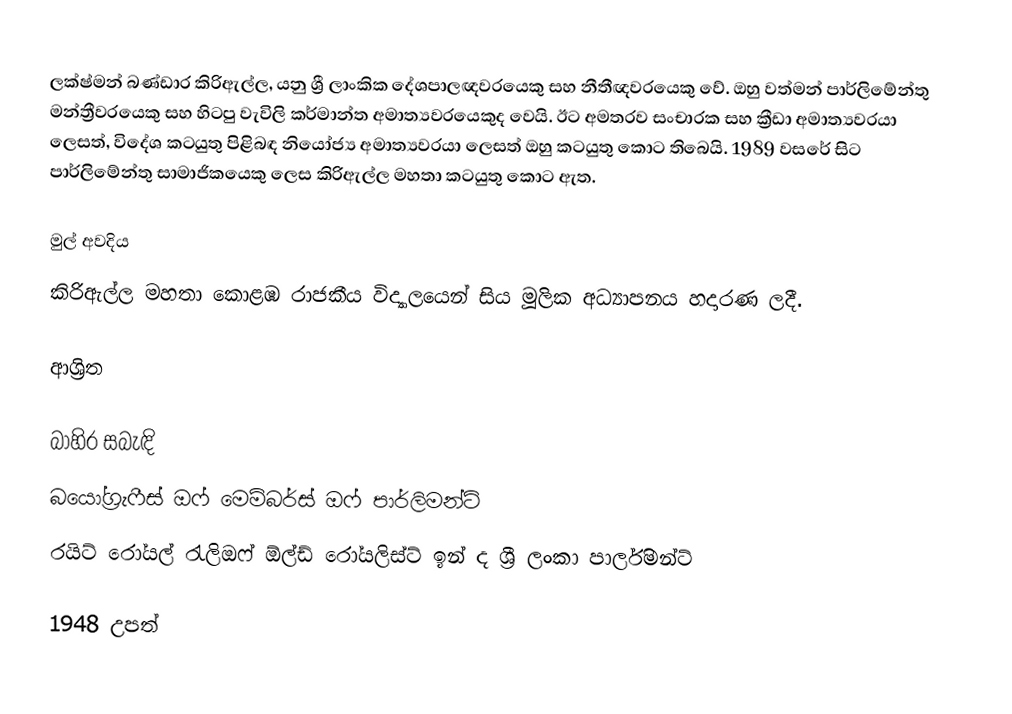
ලක්ෂ්මන් බණ්ඩාර කිරිඇල්ල, යනු ශ්‍රී ලාංකික දේශපාලඥවරයෙකු සහ නීතීඥවරයෙකු වේ. ඔහු වත්මන් පාර්ලිමේන්තු මන්ත්‍රීවරයෙකු සහ හිටපු වැවිලි කර්මාන්ත අමාත්‍යවරයෙකුද වෙයි. ඊට අමතරව සංචාරක සහ ක්‍රීඩා අමාත්‍යවරයා ලෙසත්, විදේශ කටයුතු පිළිබඳ නියෝජ්‍ය අමාත්‍යවරයා ලෙසත් ඔහු කටයුතු කොට තිබෙයි. 1989 වසරේ සිට පාර්ලිමේන්තු සාමාජිකයෙකු ලෙස කිරිඇල්ල මහතා කටයුතු කොට ඇත.

මුල් අවදිය
කිරිඇල්ල මහතා කොළඹ රාජකීය විද්‍යාලයෙන් සිය මූලික අධ්‍යාපනය හදාරණ ලදී.

ආශ්‍රිත

බාහිර සබැඳි
බයෝග්‍රැෆීස් ඔෆ් මෙම්බර්ස් ඔෆ් පාර්ලිමන්ට්
රයිට් රෝයල් රැලිඔෆ් ඕල්ඩ් රෝයලිස්ට් ඉන් ද ශ්‍රී ලංකා පාර්ලිමන්ට්

1948 උපත්